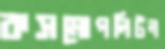
কসমোপলিটন